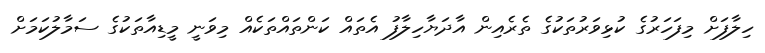
ހިލާފަށް މިފަހަރުގެ ކުޅިވަރުތަކުގެ ތެރެއިން އާދަޔާހިލާފު އެތައް ކަންތައްތަކެއް މިވަނީ މީޑިއާތަކުގެ ސަމާލުކަމަށް